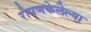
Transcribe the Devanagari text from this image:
रोपणकेलेल्या